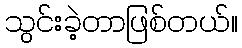
သွင်းခဲ့တာဖြစ်တယ်။